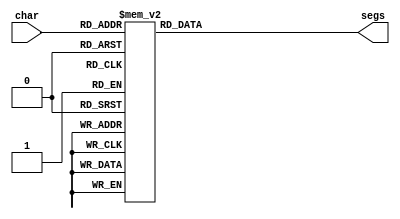
/*
   This file was generated automatically by Alchitry Labs version 1.2.1.
   Do not edit this file directly. Instead edit the original Lucid source.
   This is a temporary file and any changes made to it will be destroyed.
*/

module seven_seg_5 (
    input [4:0] char,
    output reg [6:0] segs
  );
  
  
  
  always @* begin
    
    case (char)
      1'h0: begin
        segs = 7'h3f;
      end
      1'h1: begin
        segs = 7'h06;
      end
      2'h2: begin
        segs = 7'h5b;
      end
      2'h3: begin
        segs = 7'h4f;
      end
      3'h4: begin
        segs = 7'h66;
      end
      3'h5: begin
        segs = 7'h6d;
      end
      3'h6: begin
        segs = 7'h7d;
      end
      3'h7: begin
        segs = 7'h07;
      end
      4'h8: begin
        segs = 7'h7f;
      end
      4'h9: begin
        segs = 7'h67;
      end
      4'ha: begin
        segs = 7'h77;
      end
      4'hb: begin
        segs = 7'h5e;
      end
      4'hc: begin
        segs = 7'h71;
      end
      4'hd: begin
        segs = 7'h38;
      end
      4'he: begin
        segs = 7'h79;
      end
      4'hf: begin
        segs = 7'h1c;
      end
      5'h10: begin
        segs = 7'h7c;
      end
      5'h11: begin
        segs = 7'h73;
      end
      5'h12: begin
        segs = 7'h54;
      end
      5'h13: begin
        segs = 7'h50;
      end
      5'h14: begin
        segs = 7'h76;
      end
      5'h15: begin
        segs = 7'h39;
      end
      5'h16: begin
        segs = 7'h37;
      end
      5'h17: begin
        segs = 7'h3e;
      end
      5'h1e: begin
        segs = 7'h40;
      end
      5'h1f: begin
        segs = 7'h00;
      end
      default: begin
        segs = 7'h00;
      end
    endcase
  end
endmodule